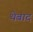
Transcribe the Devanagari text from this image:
थेबाद